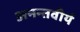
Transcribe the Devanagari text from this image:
अनन्तवीर्य